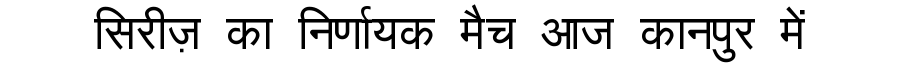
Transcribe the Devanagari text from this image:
सिरीज़ का निर्णायक मैच आज कानपुर में